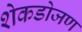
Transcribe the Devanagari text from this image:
शेकडोजण